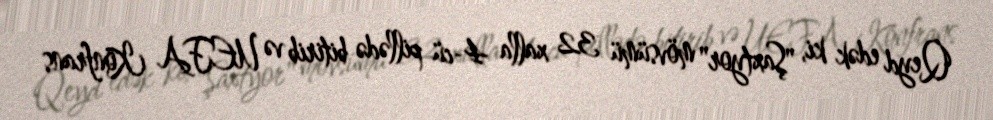
Qeyd edək ki, "Şaxtyor" mövsümü 32 xalla 4-cü pillədə bitirib və UEFA Konfrans